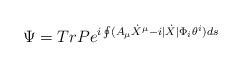
LaTeX: \begin{align*}\Psi =TrPe^{i\oint (A_{\mu }\dot{X}^{\mu }-i|\dot{X}|\Phi _{i}\theta ^{i})ds}\end{align*}